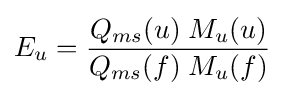
E_{u}={\frac {Q_{ms}(u)\;M_{u}(u)}{Q_{ms}(f)\;M_{u}(f)}}